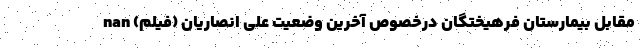
مقابل بیمارستان فرهیختگان درخصوص آخرین وضعیت علی انصاریان (فیلم) nan